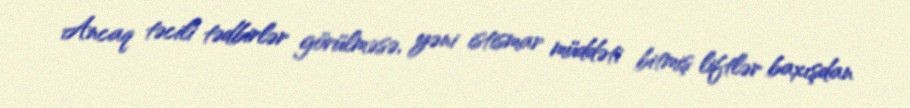
Ancaq təcili tədbirlər görülməsə, yəni istismar müddəti bitmiş liftlər baxışdan